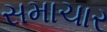
સમાચાર